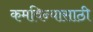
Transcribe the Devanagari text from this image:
कमविन्यासाठी